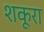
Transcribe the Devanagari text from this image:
शकूरा